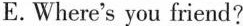
E.Where's you friend?